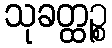
သုခတ္ထဉ္စ